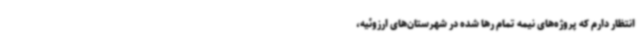
انتظار دارم که پروژه‌های نیمه تمام رها شده در شهرستان‌های ارزوئیه،